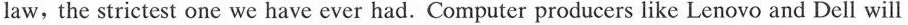
law,the strictest one we have ever had. Computer producers like Lenovo and Dell will